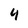
Character: 4